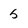
Character: 5